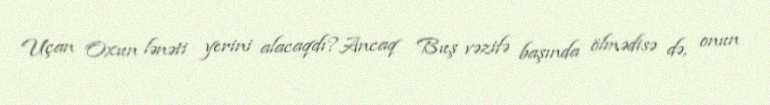
Uçan Oxun lənəti yerini alacaqdı?Ancaq Buş vəzifə başında ölmədisə də, onun